Document type: Sale
Year: 1461
Scribe: [Unknown]
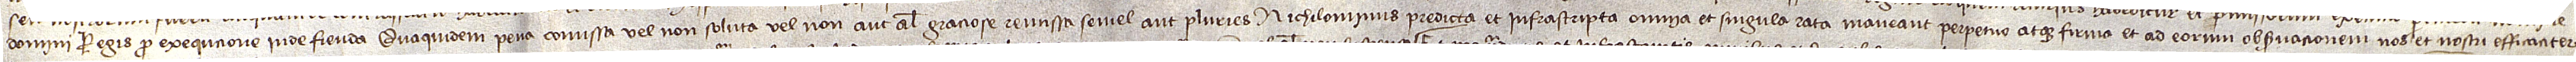
domini regis pro exequcione inde fienda. Quaquidem pena comissa vel non soluta vel non aut aliter gratiose remissa semel aut pluries nichilominus predicta et infrascripta omnia et singula rata maneant perpetuo atque fima et ad eorum observacionem nos et nostri efficaciter